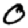
Digit: 0